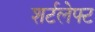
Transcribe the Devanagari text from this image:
शर्टलेफ्ट